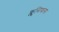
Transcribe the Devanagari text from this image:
क्लुसियाना